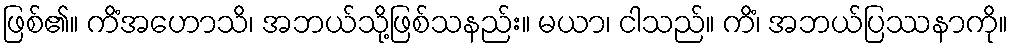
ဖြစ်၏။ ကိံအဟောသိ၊ အဘယ်သို့ဖြစ်သနည်း။ မယာ၊ ငါသည်။ ကိံ၊ အဘယ်ပြဿနာကို။